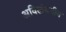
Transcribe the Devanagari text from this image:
अविलंबनीय